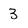
Character: 3